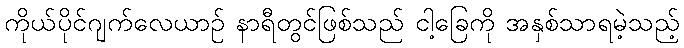
ကိုယ်ပိုင်ဂျက်လေယာဉ် နာရီတွင်ဖြစ်သည် ငါ့ခြေကို အနှစ်သာရမဲ့သည့်